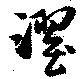
濯